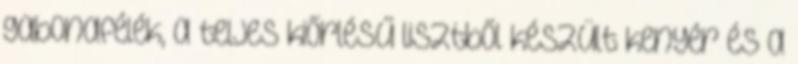
gabonafélék, a teljes kiőrlésű lisztből készült kenyér és a